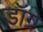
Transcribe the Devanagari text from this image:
डॉग्रे